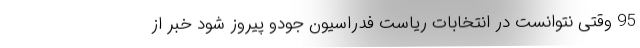
95 وقتی نتوانست در انتخابات ریاست فدراسیون جودو پیروز شود خبر از